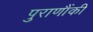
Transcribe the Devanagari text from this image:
पुराणौंकी